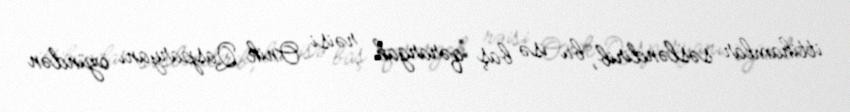
ittihamlar səsləndirib, bu isə baş qərargah rəisi Onik Qasparyanı özündən